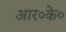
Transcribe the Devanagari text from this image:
आर०के०